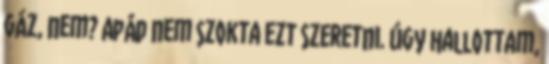
gáz, nem? Apád nem szokta ezt szeretni. Úgy hallottam,